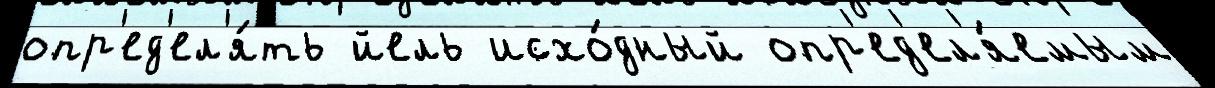
опр'ед'ел'я́ть йель исхо́дный опр'ед'ел'я́емым